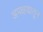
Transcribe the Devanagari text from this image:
अपक्षयातून